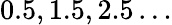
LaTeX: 0.5,1.5,2.5\dots